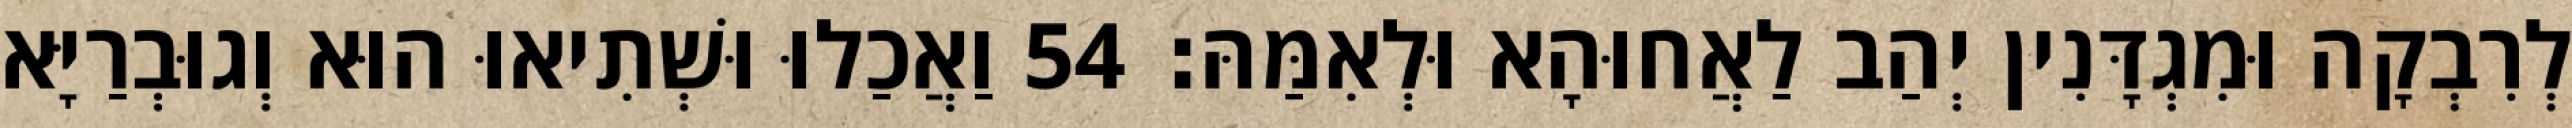
לְרִבְקָה וּמִגְדָּנִין יְהַב לַאֲחוּהָא וּלְאִמַּהּ׃ 54 וַאֲכַלוּ וּשְׁתִיאוּ הוּא וְגוּבְרַיָּא